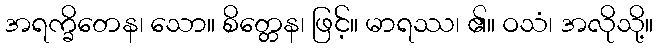
အရက္ခိတေန၊ သော။ စိတ္တေန၊ ဖြင့်။ မာရဿ၊ ၏။ ဝသံ၊ အလိုသို့။